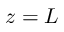
z = L